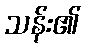
သန်း၏